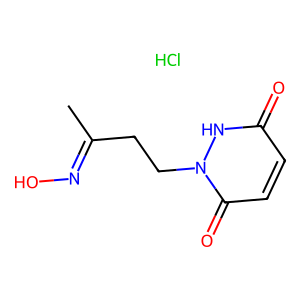
SMILES: CC(CCn1[nH]c(=O)ccc1=O)=NO.Cl
Inhibits HIV replication: No